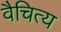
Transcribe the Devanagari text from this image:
वैचित्य